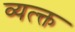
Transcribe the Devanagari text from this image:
व्यत्क्त